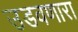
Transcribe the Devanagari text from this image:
उडवणारा